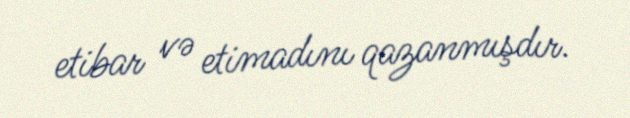
etibar və etimadını qazanmışdır.